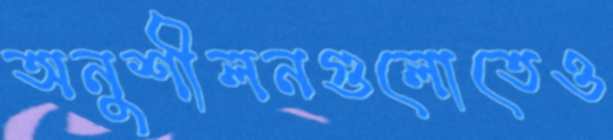
অনুশীলনগুলোতেও